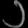
Digit: ၁